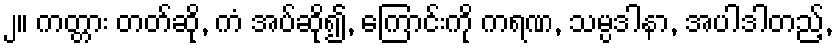
၂။ ကတ္တား တတ်ဆို, ကံ အပ်ဆို၍, ကြောင်းကို ကရဏ, သမ္ပဒါနာ, အပါဒါတည့်,